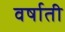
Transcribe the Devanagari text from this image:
वर्षाती